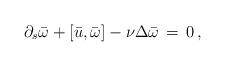
LaTeX: \begin{align*} \partial_s \bar\omega + [\bar u,\bar\omega] - \nu\Delta\bar \omega \,=\, 0\,,\end{align*}